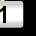
Digit: 1